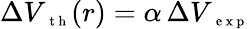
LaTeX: \Delta V_{\mathrm{~\scriptsize~t~h~}}(r)=\alpha\, \Delta V_{\mathrm{~\scriptsize~e~x~p~}}